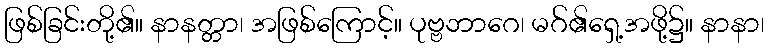
ဖြစ်ခြင်းတို့၏။ နာနတ္တာ၊ အဖြစ်ကြောင့်။ ပုဗ္ဗဘာဂေ၊ မဂ်၏ရှေ့အဖို့၌။ နာနာ၊